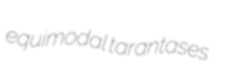
equimodal tarantases